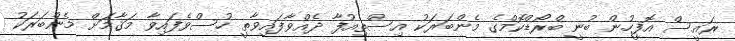
ރައީސް އޮފީހުން ބުނީ ބްރޯޑްކޮމްގެ މެންބަރަކު އިސްތިއުފާ ދެއްވާފައިވާތީ ހުސްވެފައިވާ މަޤާމަށް މެންބަރަކު